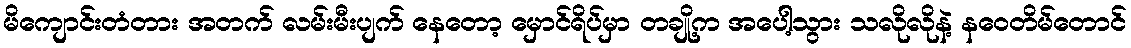
မိကျောင်းတံတား အတက် လမ်းမီးပျက် နေတော့ မှောင်ရိပ်မှာ တချို့က အပေါ့သွား သလိုလိုနဲ့ နဝေတိမ်တောင်